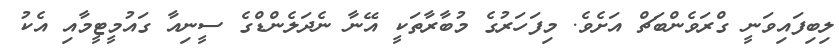
ލިބިފައިވަނީ ގްރަވެންބަޗް އަށެވެ. މިފަހަރުގެ މުބާރާތަކީ އޭނާ ނެދަލެންޑްގެ ސީނިއާ ގައުމީޓީމާއި އެކު